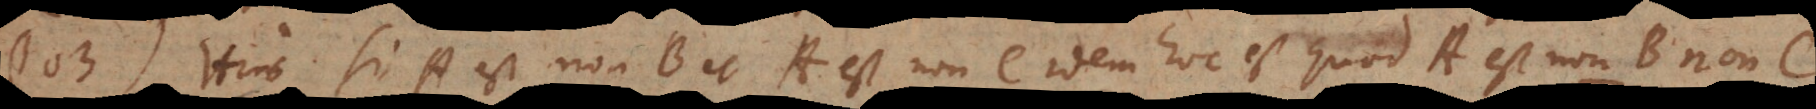
§ 103) Hinc si A est non‐B et A est non‐C idem hoc est quod A est non‐B non‐C.